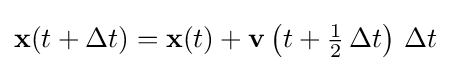
\mathbf {x} (t+\Delta t)=\mathbf {x} (t)+\mathbf {v} \left(t+{\tfrac {1}{2}}\,\Delta t\right)\,\Delta t